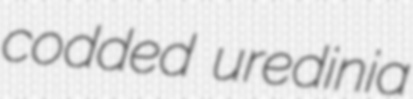
codded uredinia